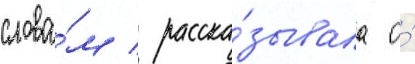
слова́м / расска́зывала о́